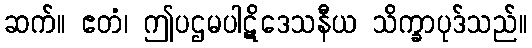
ဆက်။ ဧတံ၊ ဤပဌမပါဋိဒေသနီယ သိက္ခာပုဒ်သည်။